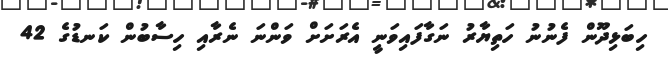
ހިބަޅިދޫން ފެނުނު ހަތިޔާރު ނަގާފައިވަނީ އެރަށަށް ވަންނަ ނެރާއި ހިސާބުން ކަނޑުގެ 42